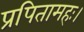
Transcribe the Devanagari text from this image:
प्रपितामहः।